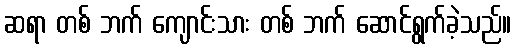
ဆရာ တစ် ဘက် ကျောင်းသား တစ် ဘက် ဆောင်ရွက်ခဲ့သည်။